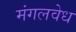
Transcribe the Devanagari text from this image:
मंगलवेध